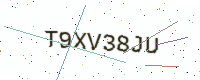
Text: T9XV38JU